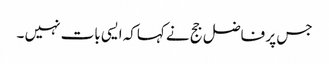
جس پر فاضل جج نے کہاکہ ایسی بات نہیں ۔